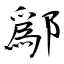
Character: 鄬